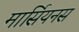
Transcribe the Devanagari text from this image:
मार्सियनस